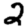
Digit: 2